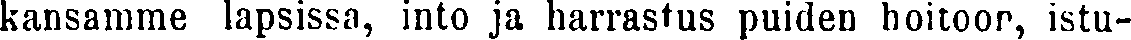
kansamme lapsissa, into ja harrastus puiden hoitoon, istu-